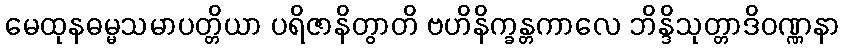
မေထုနဓမ္မသမာပတ္တိယာ ပရိဇာနိတွာတိ ဗဟိနိက္ခန္တကာလေ ဘိန္ဒိသုတ္တာဒိဝဏ္ဏနာ